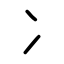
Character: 冫